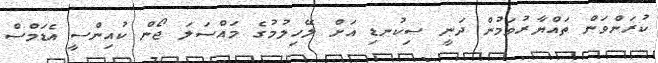
ކުރަންވަން ތައްޔާރުވަމުން ދަނީ ސިކުނޑި އަށް ލޭހިލުމުގެ މައްސަލަ ޖޯން ކުއިންސީ އެޑަމްސް